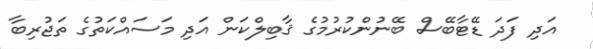
އަދި ފަދަ ޑޭޓާބޭސް ބޭނުންކުރުމުގެ ޤާބިލްކަން އަދި މަސައްކަތުގެ ތަޖުރިބާ